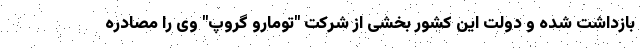
بازداشت شده و دولت این کشور بخشی از شرکت "تومارو گروپ" وی را مصادره